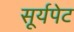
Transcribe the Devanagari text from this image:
सूर्यपेट